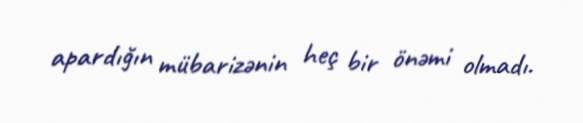
apardığın mübarizənin heç bir önəmi olmadı.